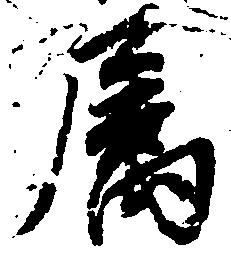
属